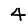
Digit: 4